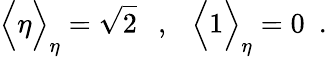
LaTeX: \Big\langle\eta\Big\rangle_{\eta}=\sqrt{2}~~~,~~~\Big\langle 1\Big\rangle_{\eta}=0~~.